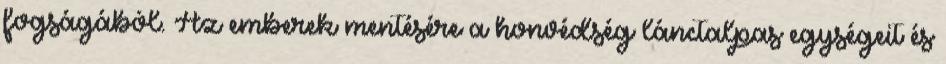
fogságából. Az emberek mentésére a honvédség lánctalpas egységeit és